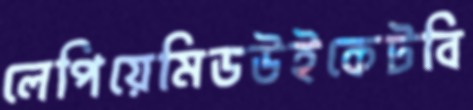
লেপিয়েমিডউইকেটবি